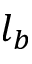
l _ { b }